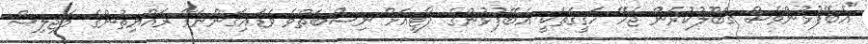
"އެބޭފުޅުންވެސް ގަބޫލުކުރަން ޖެހޭ ހަގީގަތަކީ އެބޭފުޅުންގެ ޕާޓީއަށް ނިސްބަތްވެ ވަޑައިގަންނަވާ ރައްޔިތުންގެ މަޖިލިސް